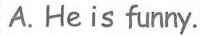
A.He is funny.